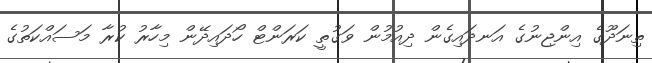
ތިނަދޫގެ އިންޖިނުގެ އަނދައިގެން ދިއުމުން ވަގުތީ ކަރަންޓް ހޯދައިދޭން މިހާރު ކުރާ މަސައްކަތުގެ